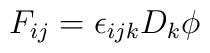
F_{ij} = \epsilon_{ijk} D_k \phi